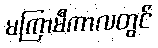
မကြာမီကာလတွင်